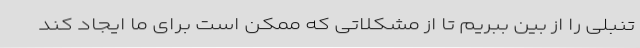
تنبلی را از بین ببریم تا از مشکلاتی که ممکن است برای ما ایجاد کند